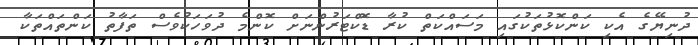
ދުނިޔޭގެ އެކި ކަންކޮޅުތަކުގައި މަސައްކަތް ކުރާ ޑޮކްޓަރުންނަށް ކޮންމެ ދުވަހަކުވެސް ތަފާތު ކަންތައްތަކާ